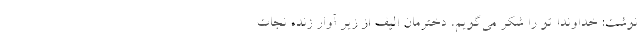
نوشت: خداوندا تو را شکر می‌گویم، دخترمان الیف از زیر آوار زنده نجات